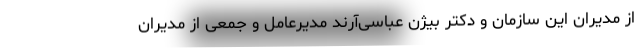
از مدیران این سازمان و دکتر بیژن عباسی‌آرند مدیرعامل و جمعی از مدیران